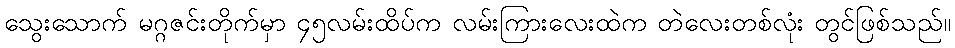
သွေးသောက် မဂ္ဂဇင်းတိုက်မှာ ၄၅လမ်းထိပ်က လမ်းကြားလေးထဲက တဲလေးတစ်လုံး တွင်ဖြစ်သည်။